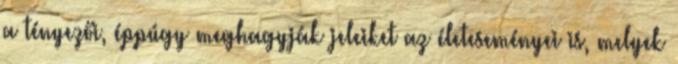
a tényezői, éppúgy meghagyják jeleiket az életeseményei is, melyek